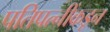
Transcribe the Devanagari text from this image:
पतिपत्नींकडून